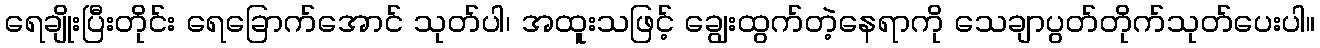
ရေချိုးပြီးတိုင်း ရေခြောက်အောင် သုတ်ပါ၊ အထူးသဖြင့် ချွေးထွက်တဲ့နေရာကို သေချာပွတ်တိုက်သုတ်ပေးပါ။